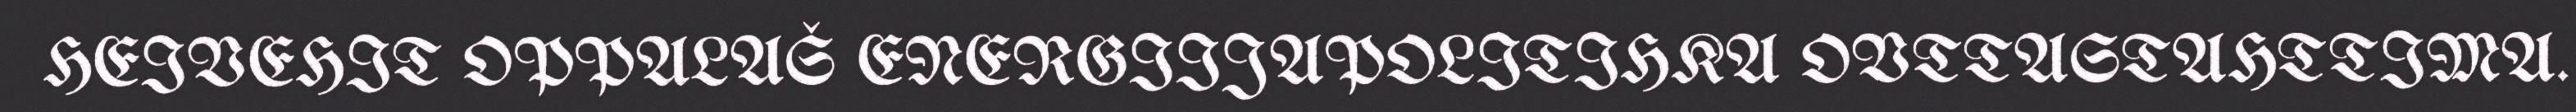
HEIVEHIT OPPALAŠ ENERGIIJAPOLITIHKA OVTTASTAHTTIMA.